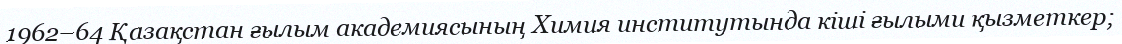
1962–64 Қазақстан ғылым академиясының Химия институтында кіші ғылыми қызметкер;